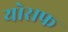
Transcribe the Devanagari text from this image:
योसफ